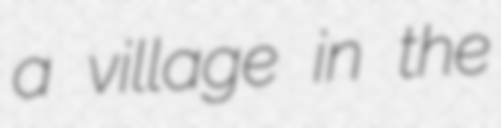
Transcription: a village in the